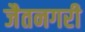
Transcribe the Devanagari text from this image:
जैतनगरी